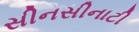
સીનસીનાટી